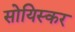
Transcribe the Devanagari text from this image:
सोयिस्कर